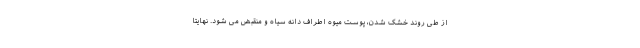
از طی روند خشک شدن، پوست میوه اطراف دانه سیاه و منقبض می شود. نهایتا